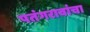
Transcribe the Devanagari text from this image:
पतंगरावांचा